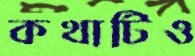
কথাটিও